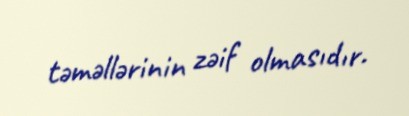
təməllərinin zəif olmasıdır.